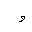
Letter: _waw